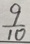
\frac { 9 } { 1 0 }